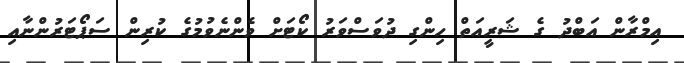
އިމްރާން އަބްދު ގެ ޝަރީއަތް ހިންގި ދުވަސްވަރު ކޯޓަށް ވެންނެވުމުގެ ކުރިން ސަޕޯޓަރުންނާއި